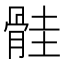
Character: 䯓